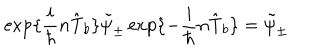
LaTeX: \exp \{ \frac { i } { \hbar } n \hat { \mathrm { T } } _ { b } \} \tilde { \psi } _ { \pm } \exp \{ - \frac { i } { \hbar } n \hat { \mathrm { T } } _ { b } \} = \tilde { \psi } _ { \pm }